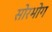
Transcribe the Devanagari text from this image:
सोरभोग